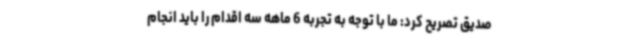
صدیق تصریح کرد: ما با توجه به تجربه 6 ماهه سه اقدام را باید انجام